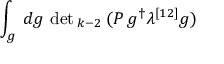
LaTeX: \int _ { g } \, d g \, \operatorname * { d e t } { } _ { k - 2 } \, ( P \, g ^ { \dagger } \lambda ^ { [ 1 2 ] } g )